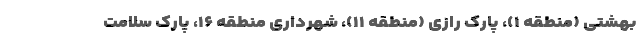
بهشتی (منطقه ۱)، پارک رازی (منطقه ۱۱)، شهرداری منطقه ۱۶، پارک سلامت